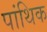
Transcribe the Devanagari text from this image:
पांथिक